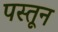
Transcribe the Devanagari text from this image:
पस्तून